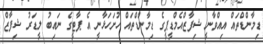
ޑިމާންޑްތައް އިއްވާނީ ޝިފާޒްއެމްޑީޕީގެ ޑިމާންޑްތައް ހުށަހަޅާނީ އެ ޕާޓީގެ ނައިބު ލީޑަރު ޝިފާޒް